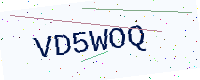
Text: VD5WOQ